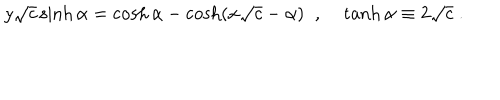
y \sqrt { c } \sinh \alpha = \cosh \alpha - \cosh ( x \sqrt { c } - \alpha ) \; \; , \; \tanh \alpha \equiv 2 \sqrt { c } \; .